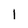
Character: 1